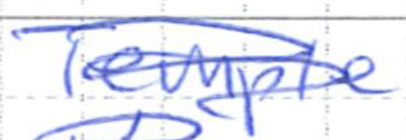
Text: Temple
Cross-out: scratch
Writing tool: ballpoint